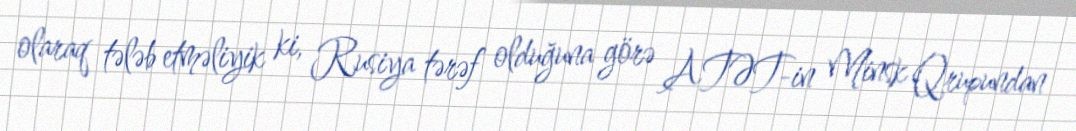
olaraq tələb etməliyik ki, Rusiya tərəf olduğuna görə ATƏT-in Minsk Qrupundan